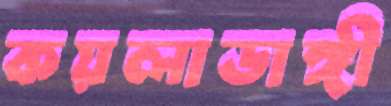
কয়লাডাঙ্গী